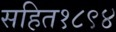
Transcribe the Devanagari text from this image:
सहित१८९४